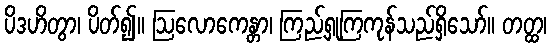
ပိဒဟိတွာ၊ ပိတ်၍။ ဩလောကေန္တာ၊ ကြည့်ရှုကြကုန်သည်ရှိသော်။ တတ္ထ၊